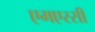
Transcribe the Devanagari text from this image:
एमएस्सी